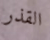
القذر